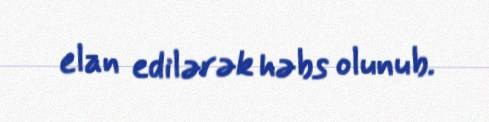
elan edilərək həbs olunub.